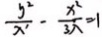
\frac { y ^ { 2 } } { x ^ { \prime } } - \frac { x ^ { 2 } } { 3 \lambda } = 1